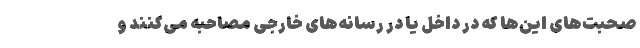
صحبت‌های این‌ها که در داخل یا در رسانه‌های خارجی مصاحبه می‌کنند و